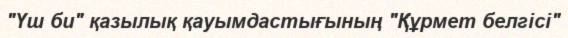
"Үш би" қазылық қауымдастығының "Құрмет белгісі"